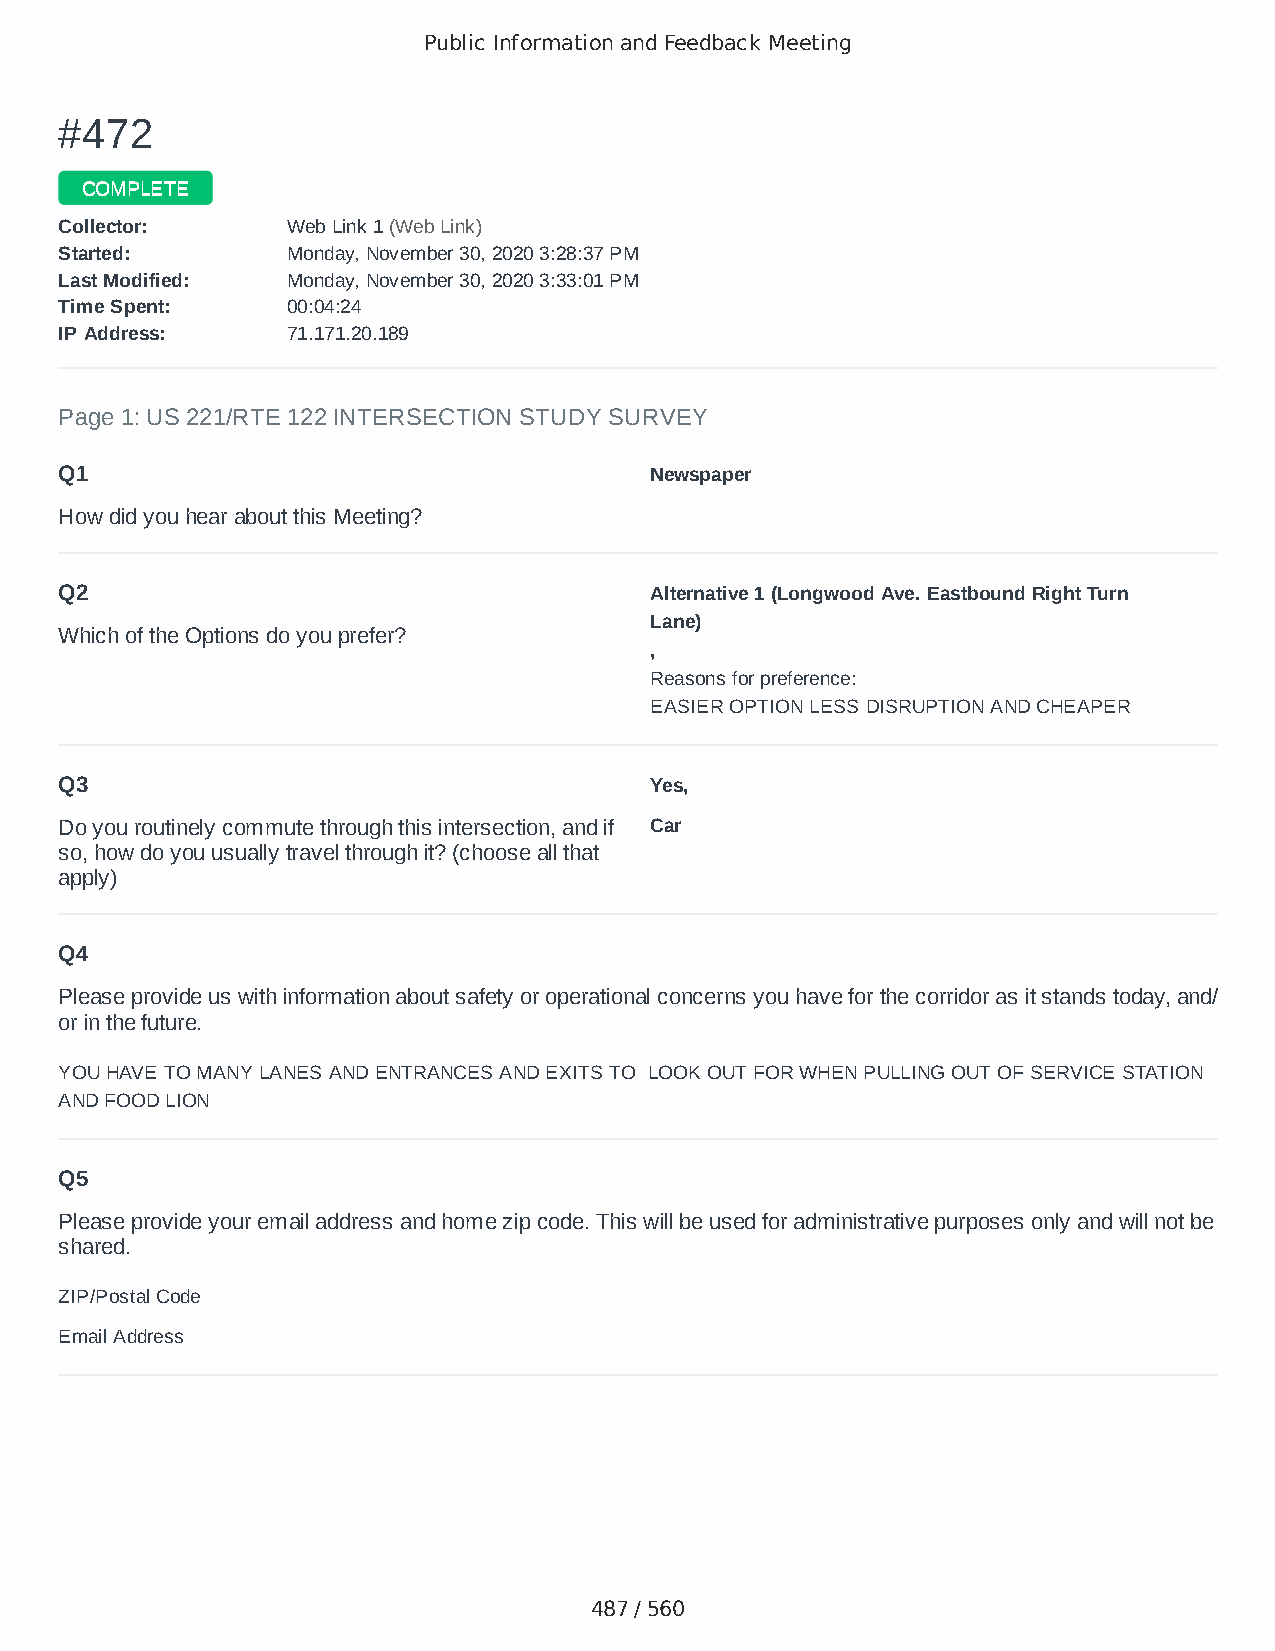
Public Information and Feedback Meeting
 ##447722
 CCOOMMPPLLEETTEE
 CCoolllleeccttoorr:: WWeebb LLiinnkk 11 ((WWeebb LLiinnkk))
 SSttaarrtteedd:: MMoonnddaayy,, NNoovveemmbbeerr 3300,, 22002200 33::2288::3377 PPMM
 LLaasstt MMooddiiffiieedd:: MMoonnddaayy,, NNoovveemmbbeerr 3300,, 22002200 33::3333::0011 PPMM
 TTiimmee SSppeenntt:: 0000::0044::2244
 IIPP AAddddrreessss:: 7711..117711..2200..118899
 Page 1: US 221/RTE 122 INTERSECTION STUDY SURVEY
 Q1                                     Newspaper
 How did you hear about this Meeting?
 Q2                                     Alternative 1 (Longwood Ave. Eastbound Right Turn
 Lane)
 Which of the Options do you prefer?
 ,
 Reasons for preference:
 EASIER OPTION LESS DISRUPTION AND CHEAPER
 Q3                                     Yes,
 Do you routinely commute through this intersection, and if Car
 so, how do you usually travel through it? (choose all that
 apply)
 Q4
 Please provide us with information about safety or operational concerns you have for the corridor as it stands today, and/
 or in the future.
 YOU HAVE TO MANY LANES AND ENTRANCES AND EXITS TO LOOK OUT FOR WHEN PULLING OUT OF SERVICE STATION
 AND FOOD LION
 Q5
 Please provide your email address and home zip code. This will be used for administrative purposes only and will not be
 shared.
 ZIP/Postal Code                        24174
 Email Address                          bgostreet@yahoo.com
 487 / 560